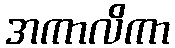
အကာလိကာ